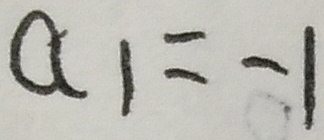
a _ { 1 } = - 1